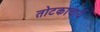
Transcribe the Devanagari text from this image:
तोटकाचार्य